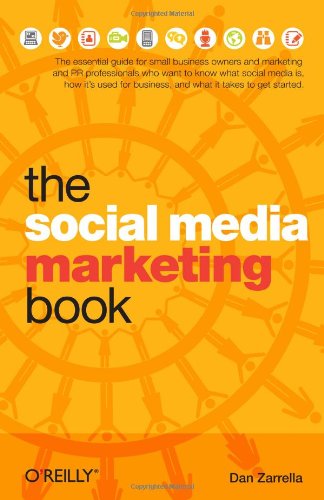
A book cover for The Social Media Marketing Book; Dan Zarrella; Computers & Technology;